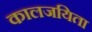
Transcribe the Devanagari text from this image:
कालजयिता